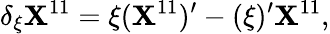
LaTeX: \delta_{\xi}\mathbf{X}^{11}=\xi(\mathbf{X}^{11})^{\prime}-(\xi)^{\prime}\mathbf{X}^{11},